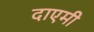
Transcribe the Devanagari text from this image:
दाएमी